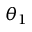
\theta _ { 1 }